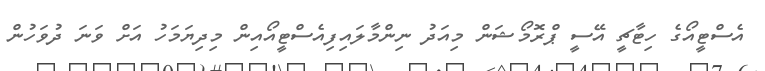
އެސްޓީއޯގެ ހިޓާޗީ އޭސީ ޕްރޮމޯޝަން މިއަދު ނިންމާލައިފިއެސްޓީއޯއިން މިދިޔަމަހު އަށް ވަނަ ދުވަހުން